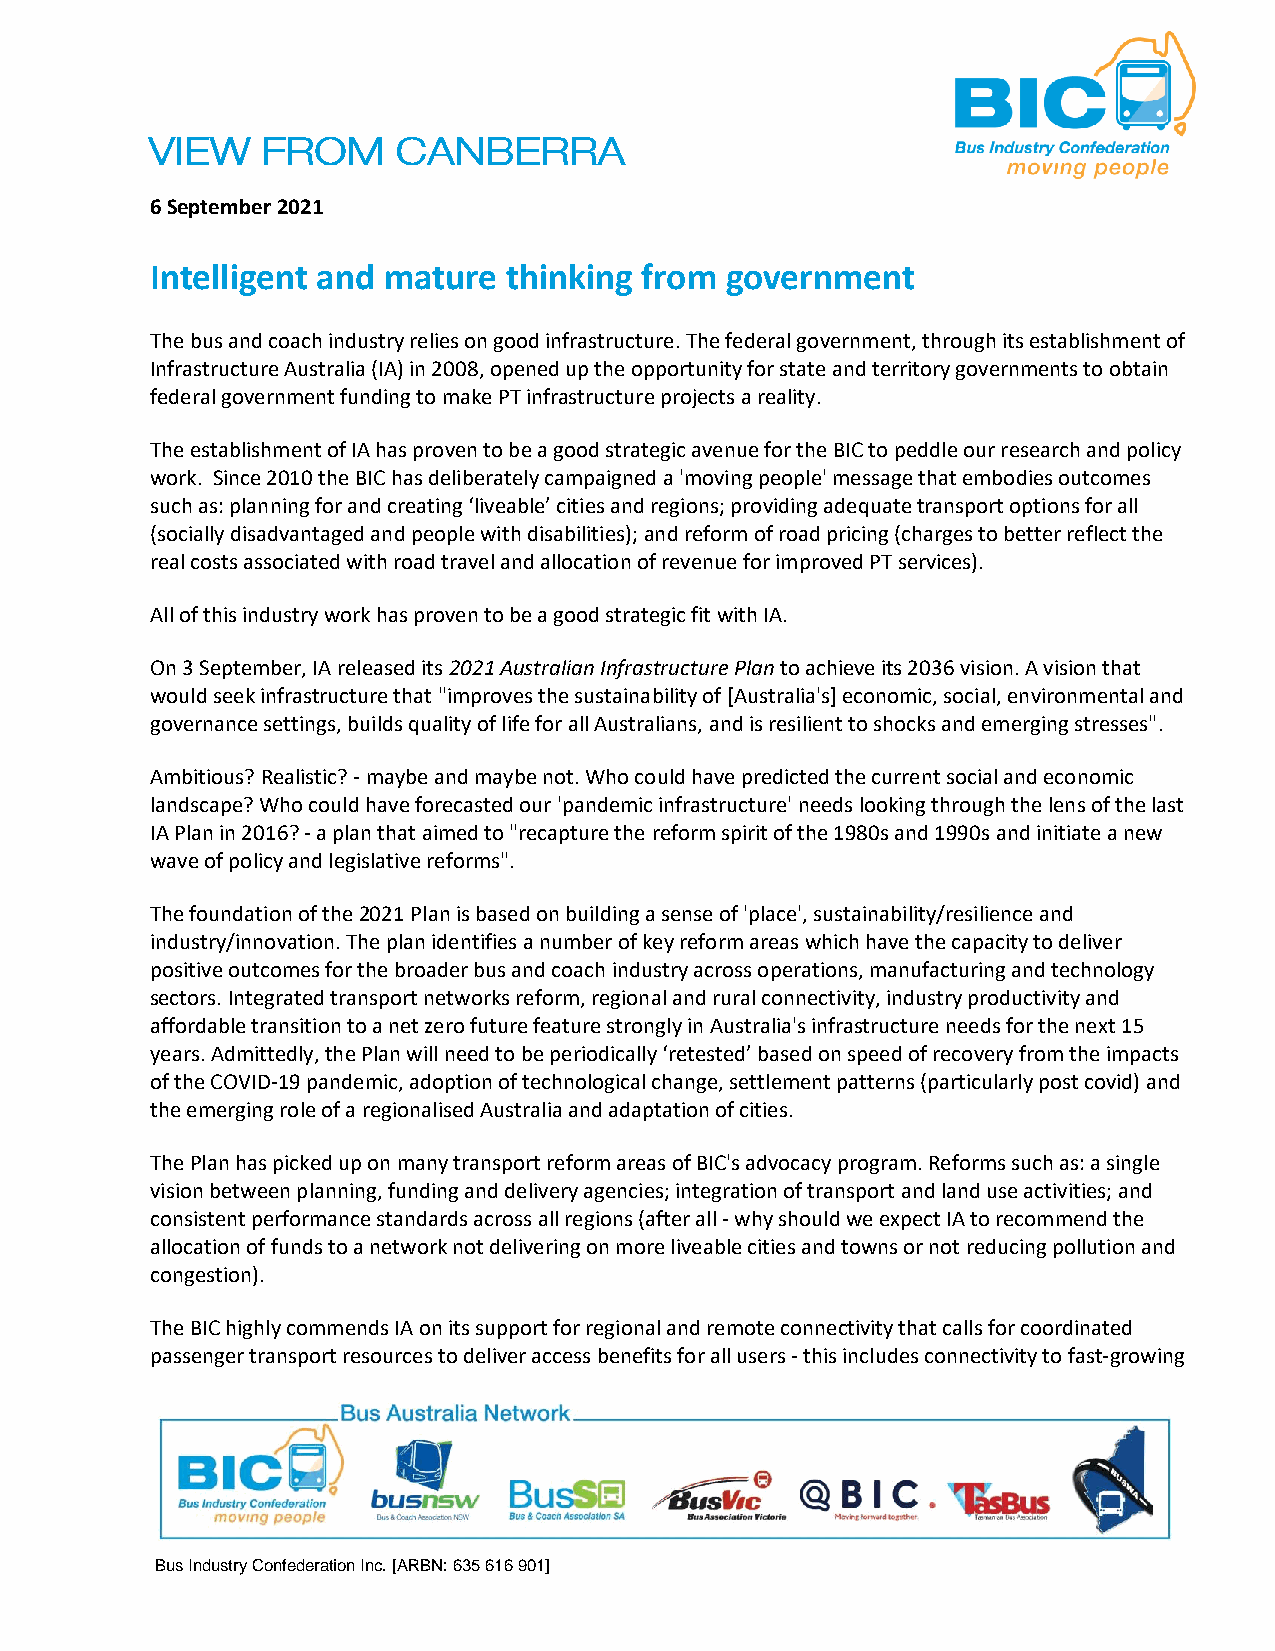
6 September 2021
 Intelligent and mature thinking from  government
 The bus and coach industry relies on good infrastructure. The federal government, through its establishment of
 Infrastructure Australia (IA) in 2008, opened up the opportunity for state and territory governments to obtain
 federal government funding to make PT infrastructure projects a reality.
 The establishment of IA has proven to be a good strategic avenue for the BIC to peddle our research and policy
 work. Since 2010 the BIC has deliberately campaigned a 'moving people' message that embodies outcomes
 such as: planning for and creating ‘liveable’ cities and regions; providing adequate transport options for all
 (socially disadvantaged and people with disabilities); and reform of road pricing (charges to better reflect the
 real costs associated with road travel and allocation of revenue for improved PT services).
 All of this industry work has proven to be a good strategic fit with IA.
 On 3 September, IA released its 2021 Australian Infrastructure Plan to achieve its 2036 vision. A vision that
 would seek infrastructure that "improves the sustainability of [Australia's] economic, social, environmental and
 governance settings, builds quality of life for all Australians, and is resilient to shocks and emerging stresses".
 Ambitious? Realistic? - maybe and maybe not. Who could have predicted the current social and economic
 landscape? Who could have forecasted our 'pandemic infrastructure' needs looking through the lens of the last
 IA Plan in 2016? - a plan that aimed to "recapture the reform spirit of the 1980s and 1990s and initiate a new
 wave of policy and legislative reforms".
 The foundation of the 2021 Plan is based on building a sense of 'place', sustainability/resilience and
 industry/innovation. The plan identifies a number of key reform areas which have the capacity to deliver
 positive outcomes for the broader bus and coach industry across operations, manufacturing and technology
 sectors. Integrated transport networks reform, regional and rural connectivity, industry productivity and
 affordable transition to a net zero future feature strongly in Australia's infrastructure needs for the next 15
 years. Admittedly, the Plan will need to be periodically ‘retested’ based on speed of recovery from the impacts
 of the COVID-19 pandemic, adoption of technological change, settlement patterns (particularly post covid) and
 the emerging role of a regionalised Australia and adaptation of cities.
 The Plan has picked up on many transport reform areas of BIC's advocacy program. Reforms such as: a single
 vision between planning, funding and delivery agencies; integration of transport and land use activities; and
 consistent performance standards across all regions (after all - why should we expect IA to recommend the
 allocation of funds to a network not delivering on more liveable cities and towns or not reducing pollution and
 congestion).
 The BIC highly commends IA on its support for regional and remote connectivity that calls for coordinated
 passenger transport resources to deliver access benefits for all users - this includes connectivity to fast-growing
 Bus Industry Confederation Inc. [ARBN: 635 616 901]